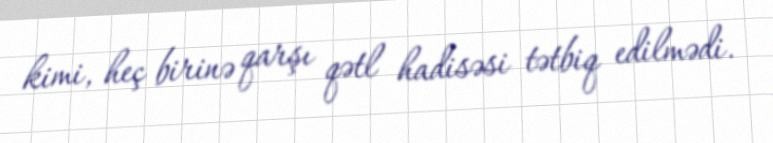
kimi, heç birinə qarşı qətl hadisəsi tətbiq edilmədi.